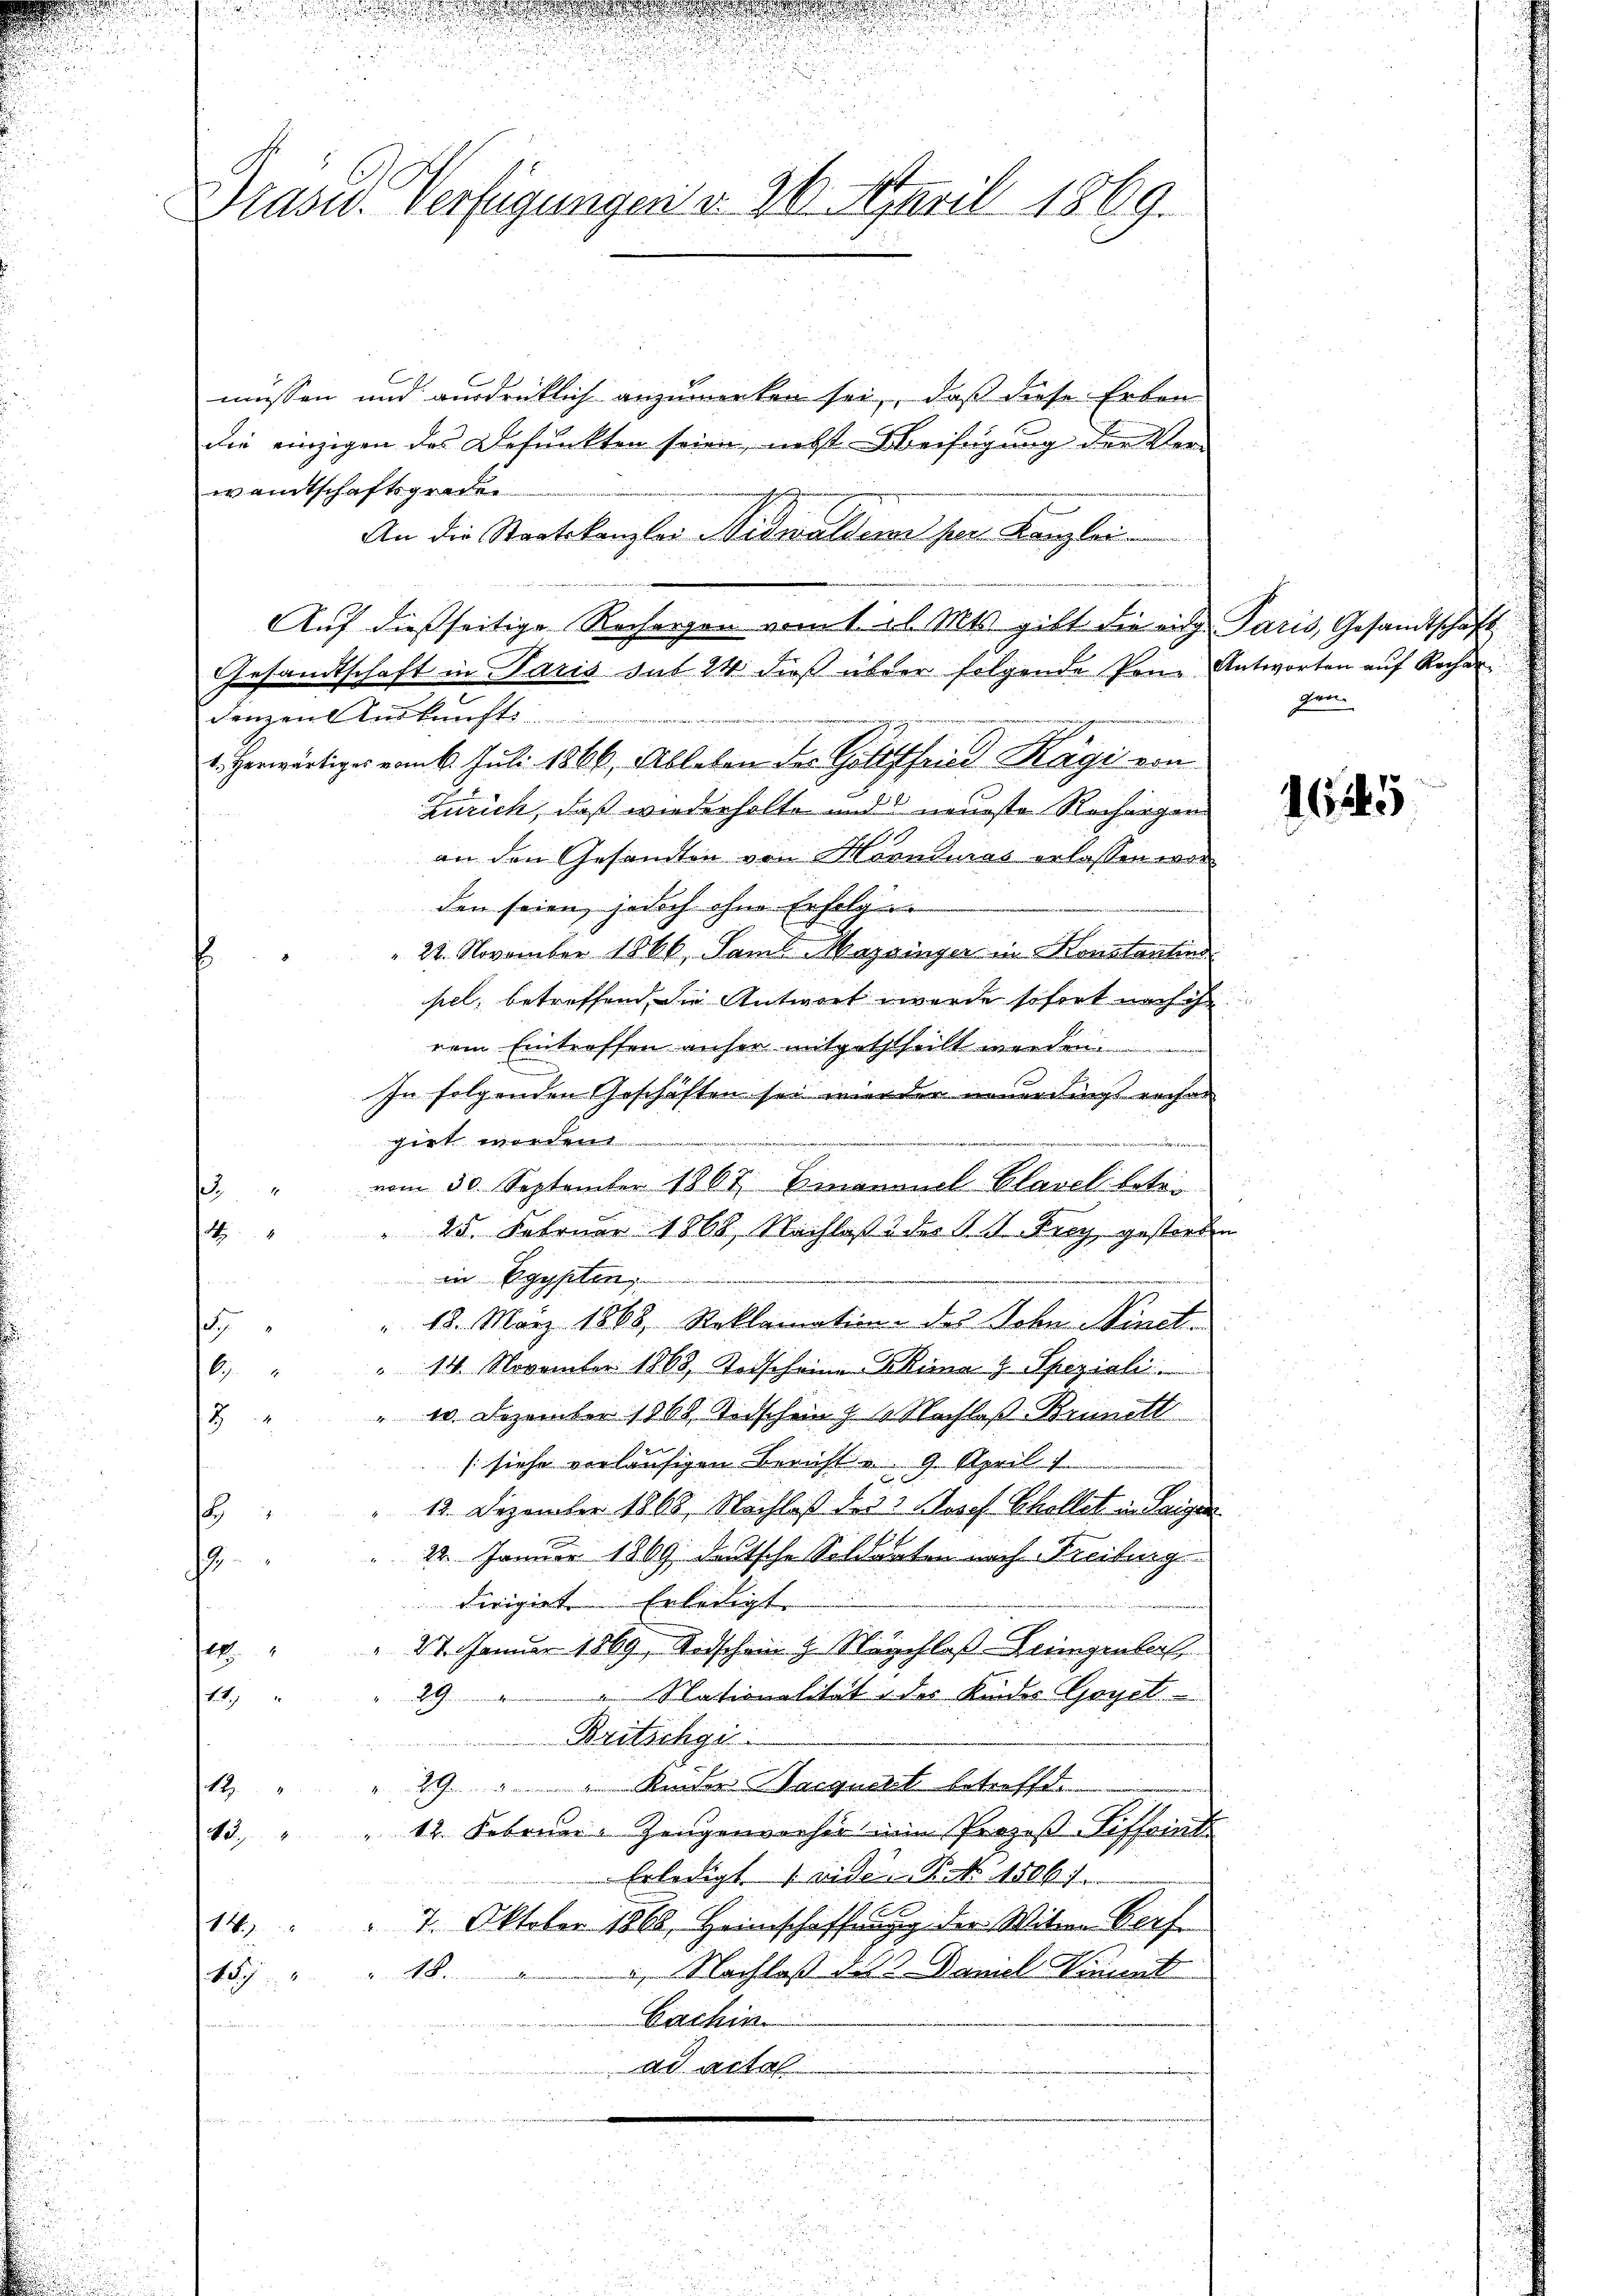
Prase Verfügungen d. 30. April 1869.

müssen und ausdrücklich anzumerken sei, daß diese Erben
die einzigen das Befunkten seien, nebst Beifügung der Vor-
wandtschaftsgraden
An die Staatskanzlei Nidwaldern ser Kanzlei
de
Auf dießseitige Rechargen vom 1. el. Mts. gibt die a Paris, Gesandtschaft
Gesandtschaft in Paris sub 24 dieß über folgende Pene Antworten auf Rechar
denzen Auskunft
n
u. herwärtiger vom 6. Juli 1866, Ableben der Gotthard Kägi von
Zürich, daß wiederholte und neueste Rechargen
an den Gesandten von Hörnduras erlassen worden seien jedoch ihm Erfolg
" 22. November 1866, Saml Mazinger u. Konstantin
sel, betreffend die Antwort wurde sofort nach ihr
rem Eintreffen anher mitgetheilt werden.
In folgenden Geschäften sei werden neuerdings rechen
girt worden

f
3. " vom 30. September 1867 Emananel Planel betör
4 " " 25. Febrŭar 1868, Nachlaβ u der K. A. Frey gestorben
in Egypten
n
" 18. März 1868, Reklamation des Sohn Ninet.
.
" 14. November 1868, Todscheine Klima z. Speziali
6
" 10. Dezember 1868. Sidschein Z 1 Nachlaß Brunett
8
de
[siehe vorläufigen Bericht u. 9. April 1
12. Dezember 1868, Nachlaß des 3 Josef Schollet in Leiger
F
22. Januar 1869 deutsche Soldarten nach Freiburg
2
dirigiet Erledigt
l
" 27. Januar 1869, Todschein & Näschloß-Leingenlich
29 " " Nationalität des Kindes Goyel
14.
Britschge
.
29 " " Kinder Sacquert betreffen.
.
12. Februar-Zeugenvorher ein Prozeß-Siffoint
43.
 Erledigt wider N. N. 1506. 1
 7. Oktober 1868, Heimschaffung der Witwe Dorf
14
18. Nachlaß §. 3. Daniel Lint
ta
Cachin
ad actal

gen

i

1645